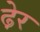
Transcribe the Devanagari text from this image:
ढे़र